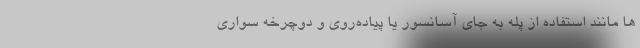
ها مانند استفاده از پله به جای آسانسور یا پیاده‌روی و دوچرخه سواری